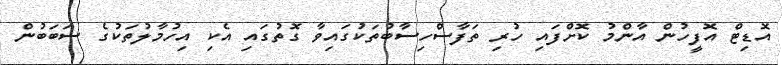
އޮޑިޓް އޮފީހުން އާންމު ކޮށްފައި ހުރި ތަފާސްހިސާބުތަކުގައިވާ ގޮތުގައި އެކި އިހުމާލުތަކުގެ ސަބަބުން